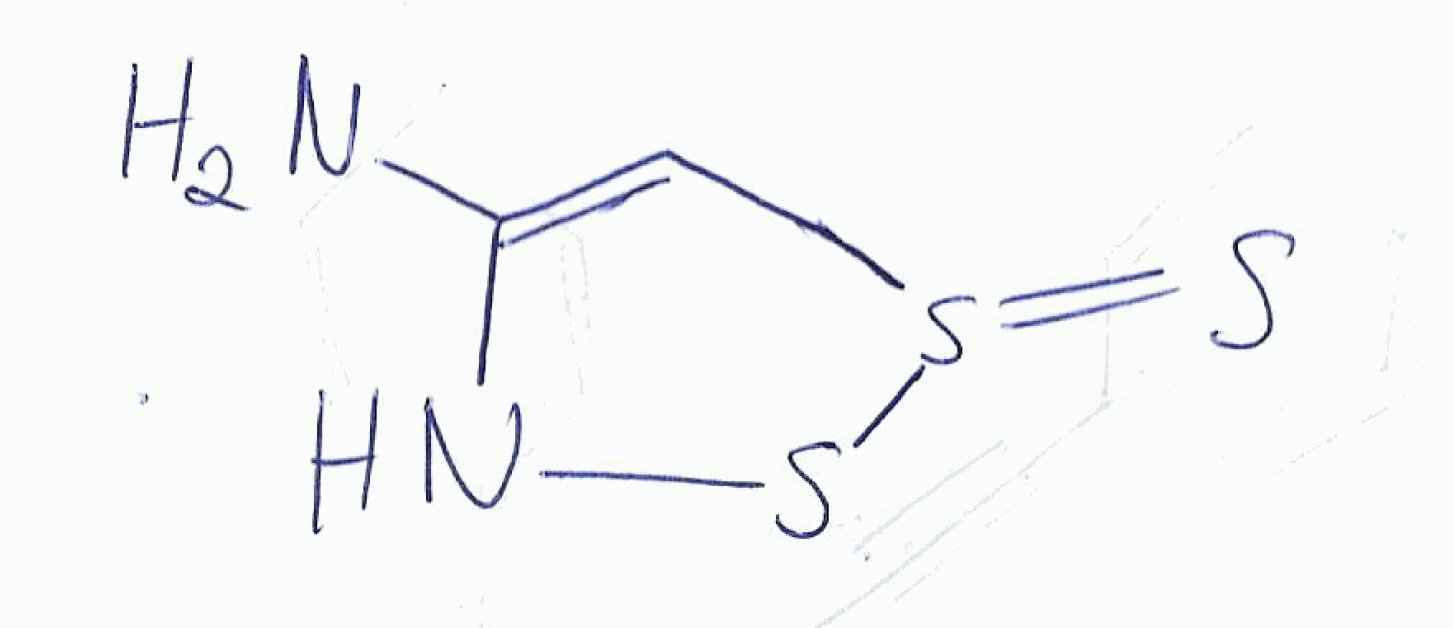
Simplified molecular-input line-entry system (SMILES) notation of the given molecule:
C1=C(NSS1=S)N